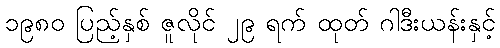
၁၉၈၀ ပြည့်နှစ် ဇူလိုင် ၂၉ ရက် ထုတ် ဂါဒီးယန်းနှင့်